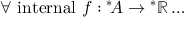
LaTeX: \forall { \mathrm { ~ i n t e r n a l ~ } } f : { ^ { * } \! A } \rightarrow { ^ { * } \mathbb { R } } \dots